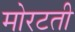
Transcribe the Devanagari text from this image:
मोरटती